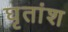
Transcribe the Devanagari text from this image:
घृतांश